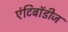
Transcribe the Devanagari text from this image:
एंटिबॉडीज